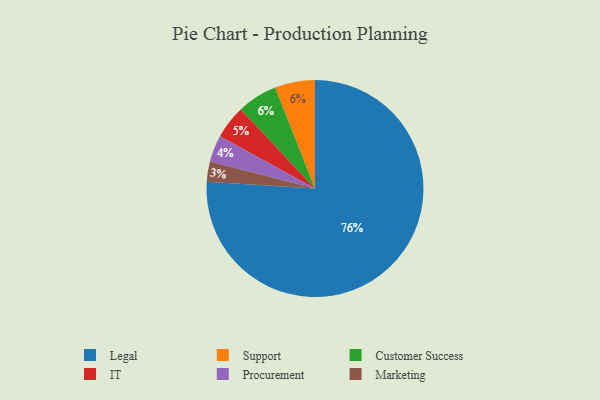
{"axis": {"x": "Category", "y": "Percentage"}, "legend": ["Customer Success", "IT", "Legal", "Marketing", "Procurement", "Support"], "data": [{"x": "Marketing", "y": 3, "type": "Marketing"}, {"x": "Support", "y": 6, "type": "Support"}, {"x": "Procurement", "y": 4, "type": "Procurement"}, {"x": "Customer Success", "y": 6, "type": "Customer Success"}, {"x": "IT", "y": 5, "type": "IT"}, {"x": "Legal", "y": 76, "type": "Legal"}]}